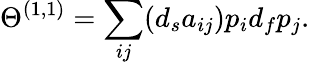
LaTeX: \Theta^{(1,1)}=\sum_{ij}(d_{s}a_{ij})p_{i}d_{f}p_{j}.